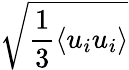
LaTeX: \sqrt{\frac 13{\langle u_{i}u_{i}\rangle}}